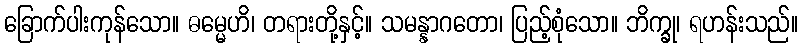
ခြောက်ပါးကုန်သော။ ဓမ္မေဟိ၊ တရားတို့နှင့်။ သမန္နာဂတော၊ ပြည့်စုံသော။ ဘိက္ခု၊ ရဟန်းသည်။